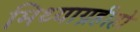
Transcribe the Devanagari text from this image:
मिथ्याग्रहीहो